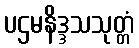
ပဌမနိဒ္ဒသသုတ္တံ